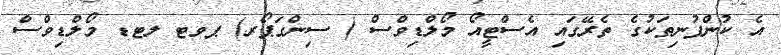
އެ ކުންފުނިތަކުގެ ތެރޭގައި އެސްޓީއޯ މޯލްޑިވްސް ( ސިންގަޕޯރ) ޕވޓ ލޓޑ މޯލްޑިވްސް